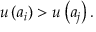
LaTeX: u \left( a _ { i } \right) > u \left( a _ { j } \right) .